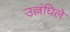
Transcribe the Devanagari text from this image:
उल्लंघिले